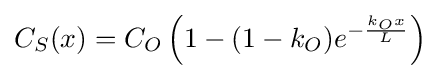
C_{S}(x)=C_{O}\left(1-(1-k_{O})e^{-{\frac {k_{O}x}{L}}}\right)